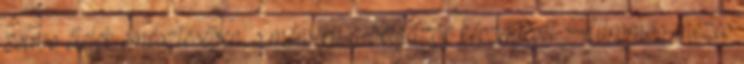
zsíros ételek emésztésében, s mérsékli a bélgázok képződését. Citromos-mézes